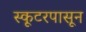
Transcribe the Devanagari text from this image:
स्कूटरपासून